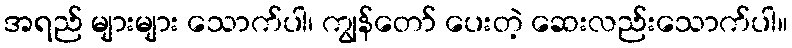
အရည် များများ သောက်ပါ၊ ကျွန်တော် ပေးတဲ့ ဆေးလည်းသောက်ပါ။